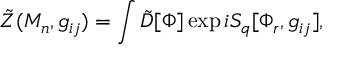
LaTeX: \tilde { Z } ( M _ { n } , g _ { i j } ) = \int \tilde { D } [ \Phi ] \exp i S _ { q } [ \Phi _ { r } , g _ { i j } ] ,